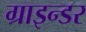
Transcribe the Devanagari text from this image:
ग्राइन्डर